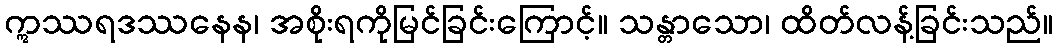
ဣဿရဒဿနေန၊ အစိုးရကိုမြင်ခြင်းကြောင့်။ သန္တာသော၊ ထိတ်လန့်ခြင်းသည်။